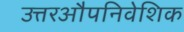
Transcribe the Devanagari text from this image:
उत्तरऔपनिवेशिक